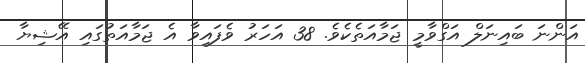
އަންނަ ބައިނަލް އަގްވާމީ ޖަމާއަތެކެވެ. 38 އަހަރު ވެފައިވާ އެ ޖަމާއަތުގައި އޭޝިޔާ